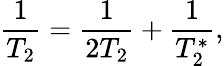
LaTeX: \frac{1}{T_{2}}=\frac{1}{2T_{2}}+\frac{1}{T_{2}^{*}},